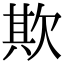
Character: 欺